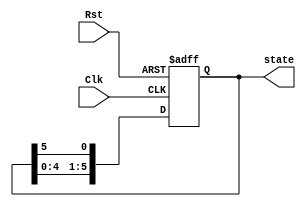
/* SAP_1_ring_counter
   copyright 2012 (pika1021@gmail.com)
   */
`timescale 1ns / 100ps

module SAP_1_ring_counter(state, Clk, Rst);
  output reg[6:1] state;
  input Clk, Rst;

  always @ (posedge Clk or posedge Rst)
  if(Rst) begin
    state <= 6'b000001;
    end
  else begin
    state <= {state[5:1], state[6]};
    end
endmodule